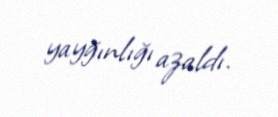
yayğınlığı azaldı.